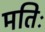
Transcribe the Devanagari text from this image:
मतिः